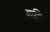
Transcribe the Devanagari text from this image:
वह्निः